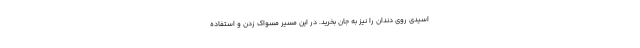
اسیدی روی دندان را نیز به جان بخرید. در این مسیر مسواک زدن و استفاده